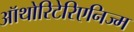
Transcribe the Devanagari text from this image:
ऑथोरिटेरिएनिज्म